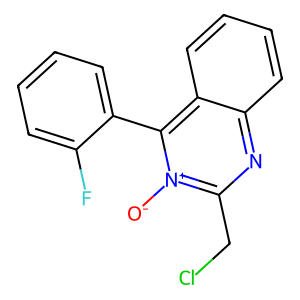
SMILES: [O-][n+]1c(CCl)nc2ccccc2c1-c1ccccc1F
Inhibits HIV replication: No